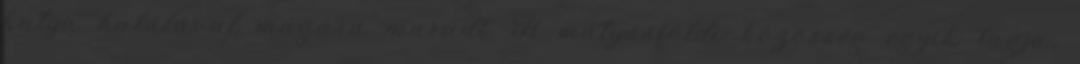
kutya halálával magára maradt. A mátyásföldi közösség egyik tagja,